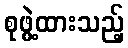
စုဖွဲ့ထားသည့်